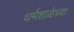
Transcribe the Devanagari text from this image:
धर्मशाळेच्या